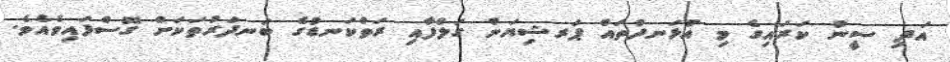
އަދި ސީނު ކަރައިގެ މި އުޅަނދުތައް ޕަރޝިޔަން ގަލްފާއި ރަތްކަނޑުގެ ބަނދަރުތަކަށް ގޮސްފައިވެއެވެ.